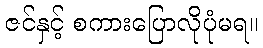
ဇင်နှင့် စကားပြောလိုပုံမရ။